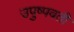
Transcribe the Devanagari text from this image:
उपुष्पवती